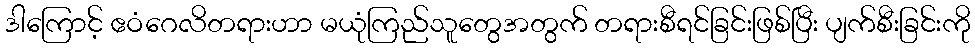
ဒါကြောင့် ဧဝံဂေလိတရားဟာ မယုံကြည်သူတွေအတွက် တရားစီရင်ခြင်းဖြစ်ပြီး ပျက်စီးခြင်းကို